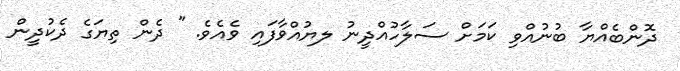
ދޮންބެއްޔާ ބުނުއްވި ކަމަށް ސަލާހުއްދީނު ލޔުއްވާފައި ވެއެވެ. " ދެން ތިޔަގެ ދެކުދީން